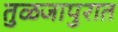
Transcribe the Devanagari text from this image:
तुळजापुरात